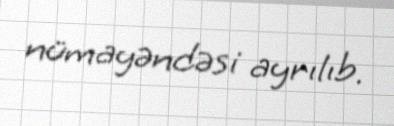
nümayəndəsi ayrılıb.